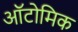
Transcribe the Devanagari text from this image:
ऑटोमिक